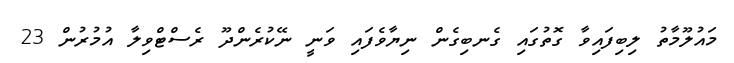
މައުލޫމާތު ލިބިފައިވާ ގޮތުގައި ގެނބިގެން ނިޔާވެފައި ވަނީ ނޭކުރެންދޫ ރެސްޓްވިލާ އުމުރުން 23